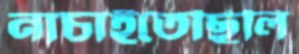
নাচাইতেছিলি